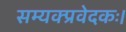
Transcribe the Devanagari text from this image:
सम्यक्प्रवेदकः।